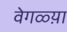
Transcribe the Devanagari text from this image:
वेगळ्य़ा